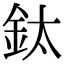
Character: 鈦